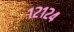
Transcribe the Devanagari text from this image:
१२१२४